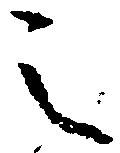
之